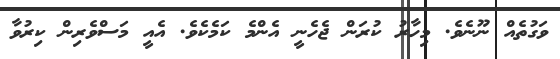
ވަގުތެއް ނޫނެވެ. މިހާރު ކުރަން ޖެހެނީ އެންމެ ކަމެކެވެ. އެއީ މަސްވެރިން ކިރުވާ